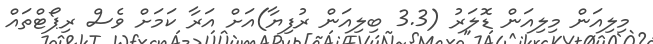
މިލިއަން މިލިއަން ޑޮލަރު (3.3 ބިލިއަން ރުފިޔާ)އަށް އަރާ ކަމަށް ވެސް ރިޕޯޓްތައް